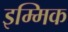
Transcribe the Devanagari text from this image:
इम्मिक